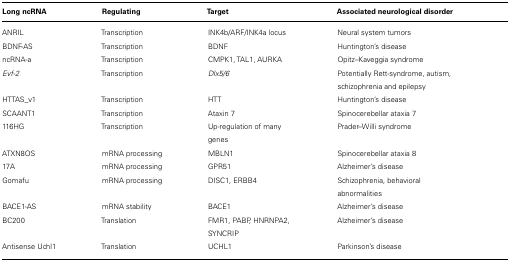
<table><thead><tr><td><b>Long ncRNA</b></td><td><b>Regulating</b></td><td><b>Target</b></td><td><b>Associated neurological disorder</b></td></tr></thead><tbody><tr><td>ANRIL</td><td>Transcription</td><td>INK4b/ARF/INK4a locus</td><td>Neural system tumors</td></tr><tr><td>BDNF-AS</td><td>Transcription</td><td>BDNF</td><td>Huntington’s disease</td></tr><tr><td>ncRNA-a</td><td>Transcription</td><td>CMPK1, TAL1, AURKA</td><td>Opitz–Kaveggia syndrome</td></tr><tr><td><i>Evf-2 </i></td><td>Transcription</td><td><i>Dlx5/6</i></td><td>Potentially Rett-syndrome, autism, schizophrenia and epilepsy</td></tr><tr><td>HTTAS_v1</td><td>Transcription</td><td>HTT</td><td>Huntington’s disease</td></tr><tr><td>SCAANT1</td><td>Transcription</td><td>Ataxin 7</td><td>Spinocerebellar ataxia 7</td></tr><tr><td>116HG</td><td>Transcription</td><td>Up-regulation of many genes</td><td>Prader–Willi syndrome</td></tr><tr><td>ATXN8OS</td><td>mRNA processing</td><td>MBLN1</td><td>Spinocerebellar ataxia 8</td></tr><tr><td>17A</td><td>mRNA processing</td><td>GPR51</td><td>Alzheimer’s disease</td></tr><tr><td>Gomafu</td><td>mRNA processing</td><td>DISC1, ERBB4</td><td>Schizophrenia, behavioral abnormalities</td></tr><tr><td>BACE1-AS</td><td>mRNA stability</td><td>BACE1</td><td>Alzheimer’s disease</td></tr><tr><td>BC200</td><td>Translation</td><td>FMR1, PABP, HNRNPA2, SYNCRIP</td><td>Alzheimer’s disease</td></tr><tr><td>Antisense Uchl1</td><td>Translation</td><td>UCHL1</td><td>Parkinson’s disease</td></tr></tbody></table>